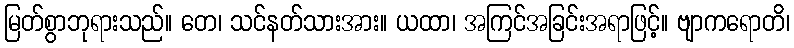
မြတ်စွာဘုရားသည်။ တေ၊ သင်နတ်သားအား။ ယထာ၊ အကြင်အခြင်းအရာဖြင့်။ ဗျာကရောတိ၊